[Report on the health of British troops in the Madras command]
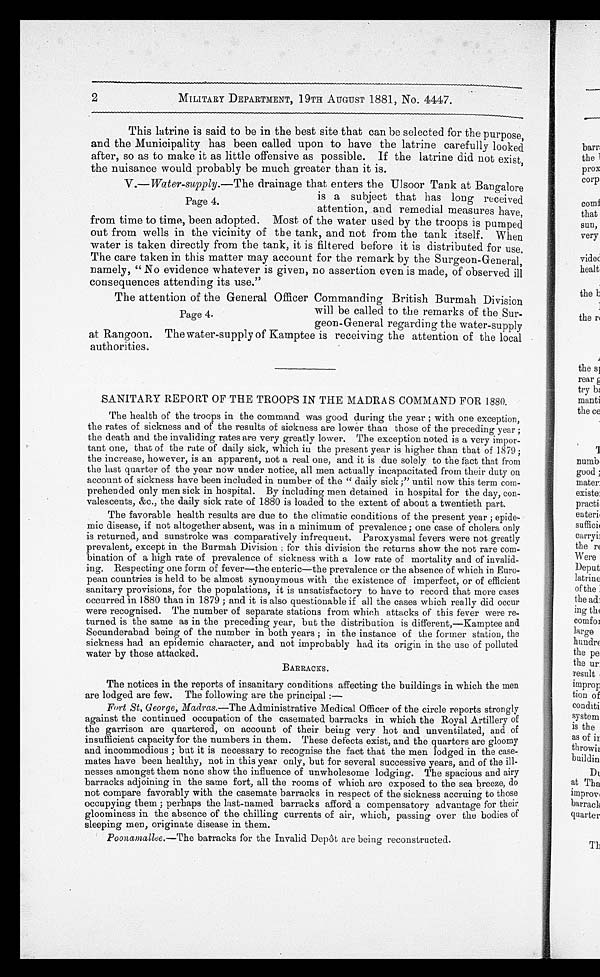
2
MILITARY DEPARTMENT, 19TH AUGUST 1881, No. 4447.
This latrine is said to be in the best site that can be selected for the purpose,
and the Municipality has been called upon to have the latrine carefully looked
after, so as to make it as little offensive as possible. If the latrine did not exist,
the nuisance would probably be much greater than it is.
V.— Water-supply. —The drainage that enters the Ulsoor Tank at Bangalore
is a subject that has long received
Page 4.
attention, and remedial measures have,
from time to time, been adopted. Most of the water used by the troops is pumped
out from wells in the vicinity of the tank, and not from the tank itself. When
water is taken directly from the tank, it is filtered before it is distributed for use.
The care taken in this matter may account for the remark by the Surgeon-General,
namely, "No evidence whatever is given, no assertion even is made, of observed ill
consequences attending its use."
The attention of the General Officer Commanding British Burmah Division
P a g e 4 . 4 .
will be called to the remarks of the Sur-
geon-General regarding the water-supply
at Rangoon. The water-supply of Kamptee is receiving the attention of the local
authorities.
SANITARY REPORT OF THE TROOPS IN THE MADRAS COMMAND FOR 1880.
The health of the troops in the command was good during the year ; with one exception,
the rates of sickness and of the results of sickness are lower than those of the preceding year ;
the death and the invaliding rates are very greatly lower. The exception noted is a very impor
-tant one, that of the rate of daily sick, which in the present year is higher than that of 1879 ;
the increase, however, is an apparent, not a real one, and it is due solely to the fact that from
the last quarter of the year now under notice, all men actually incapacitated from their duty on
account of sickness have been included in number of the "daily sick ;" until now this term com
-prehended only men sick in hospital. By including men detained in hospital for the day, con
-valescents, &c., the daily sick rate of 1880 is loaded to the extent of about a twentieth part.
The favorable health results are due to the climatic conditions of the present year ; epide
-mic disease, if not altogether absent, was in a minimum of prevalence ; one case of cholera only
is returned, and sunstroke was comparatively infrequent. Paroxysmal fevers were not greatly
prevalent, except in the Burmah Division ; for this division the returns show the not rare com
-bination of a high rate of prevalence of sickness with a low rate of mortality and of invalid
-ing. Respecting one form of fever—the enteric—the prevalence or the absence of which in Euro
-pean countries is held to be almost synonymous with the existence of imperfect, or of efficient
sanitary provisions, for the populations, it is unsatisfactory to have to record that more cases
occurred in 1880 than in 1879 ; and it is also questionable if all the cases which really did occur
were recognised. The number of separate stations from which attacks of this fever were re
-turned is the same as in the preceding year, but the distribution is different,—Kamptee and
Secunderabad being of the number in both years ; in the instance of the former station, the
sickness had an epidemic character, and not improbably had its origin in the use of polluted
water by those attacked.
BARRACKS.
•
The notices in the reports of insanitary conditions affecting the buildings in which the men
are lodged are few. The following are the principal : —
Fort St, George, Madras. —The Administrative Medical Officer of the circle reports strongly
against the continued occupation of the casemated barracks in which the Royal Artillery of
the garrison are quartered, on account of their being very hot and unventilated, and of
insufficient capacity for the numbers in them. These defects exist, and the quarters are gloomy
and incommodious ; but it is necessary to recognise the fact that the men lodged in the case
-mates have been healthy, not in this year only, but for several successive years, and of the ill-
nesses amongst them none show the influence of unwholesome lodging. The spacious and airy
barracks adjoining in the same fort, all the rooms of which are exposed to the sea breeze, do
not compare favorably with the casemate barracks in respect of the sickness accruing to those
occupying them ; perhaps the last-named barracks afford a compensatory advantage for their
gloominess in the absence of the chilling currents of air, which, passing over the bodies of
sleeping men, originate disease in them.
Poonamallee. —The barracks for the Invalid Depôt are being reconstructed.